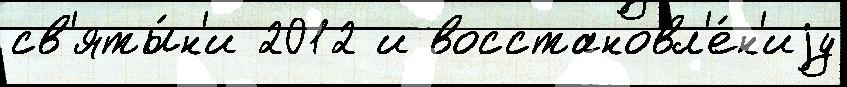
св'яты́н'и 2012 и восстановл'е́н'иjу